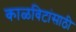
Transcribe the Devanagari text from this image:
काळविटांसाठी